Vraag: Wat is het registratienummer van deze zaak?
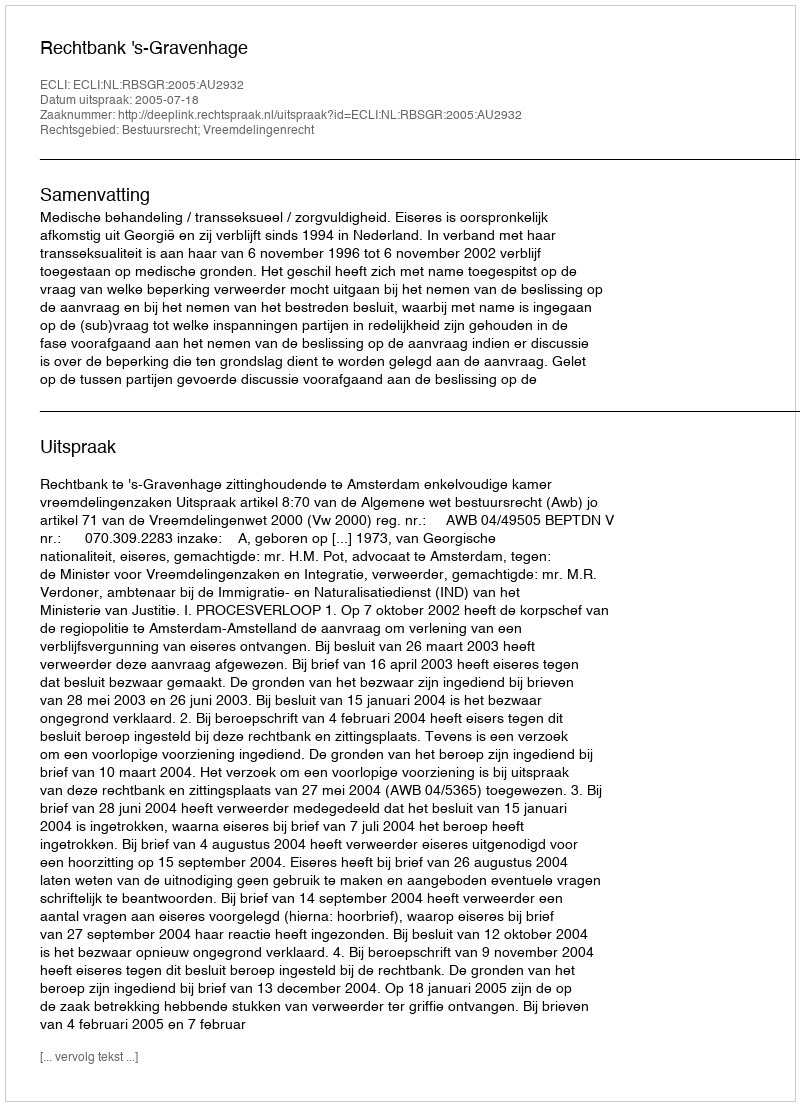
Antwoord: http://deeplink.rechtspraak.nl/uitspraak?id=ECLI:NL:RBSGR:2005:AU2932